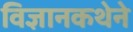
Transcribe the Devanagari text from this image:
विज्ञानकथेने